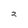
Character: 2